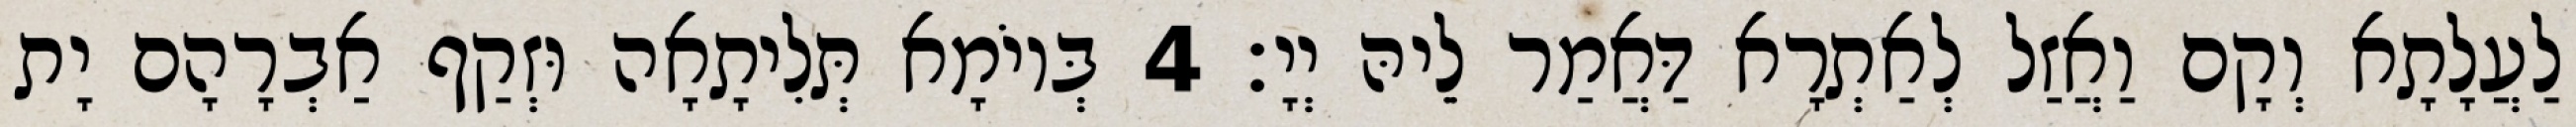
לַעֲלָתָא וְקָם וַאֲזַל לְאַתְרָא דַּאֲמַר לֵיהּ יְיָ׃ 4 בְּיוֹמָא תְּלִיתָאָה וּזְקַף אַבְרָהָם יָת